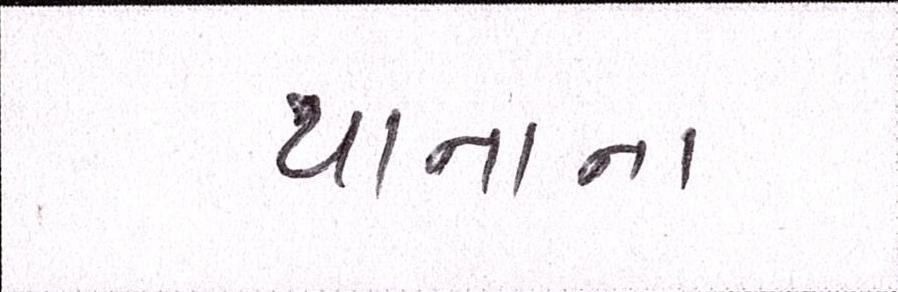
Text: યાનાના